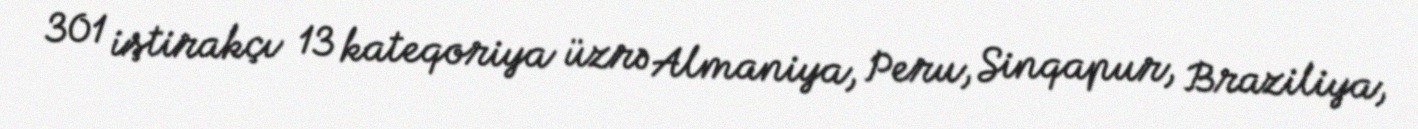
301 iştirakçı 13 kateqoriya üzrə Almaniya, Peru, Sinqapur, Braziliya,